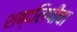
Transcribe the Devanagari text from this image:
शब्दलिपीचा